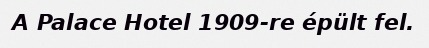
A Palace Hotel 1909-re épült fel.